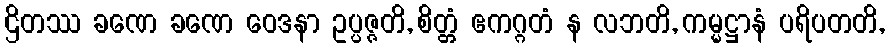
ဌိတဿ ခဏေ ခဏေ ဝေဒနာ ဥပ္ပဇ္ဇတိ, စိတ္တံ ဧကဂ္ဂတံ န လဘတိ, ကမ္မဋ္ဌာနံ ပရိပတတိ,